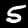
Digit: 5